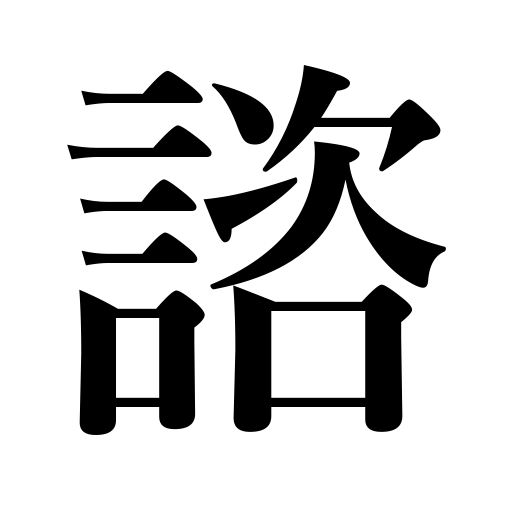
Meanings: consult with